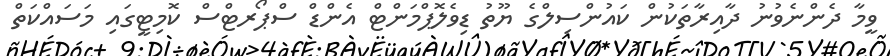
ވީމާ ދެންނެވުނު ދާއިރާތަކުން ކައުންސިލްގެ ޔޫތު ޑިވެލޮޕްމަންޓް އެންޑް ސްޕޯރޓްސް ކޮމިޓީގައި މަސައްކަތް